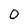
Character: 0